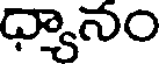
ధ్యానం